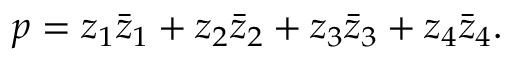
p = z _ { 1 } \bar { z } _ { 1 } + z _ { 2 } \bar { z } _ { 2 } + z _ { 3 } \bar { z } _ { 3 } + z _ { 4 } \bar { z } _ { 4 } .